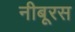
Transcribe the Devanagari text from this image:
नीबूरस